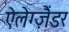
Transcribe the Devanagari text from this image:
ऐलेग्ज़ैंडर